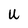
Character: U